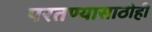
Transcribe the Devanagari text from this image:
परतण्यासाठीही